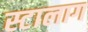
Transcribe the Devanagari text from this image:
स्टालाग